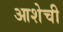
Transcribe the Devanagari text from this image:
आशेची